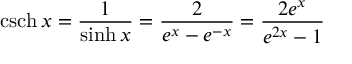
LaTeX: \operatorname { c s c h } x = { \frac { 1 } { \sinh x } } = { \frac { 2 } { e ^ { x } - e ^ { - x } } } = { \frac { 2 e ^ { x } } { e ^ { 2 x } - 1 } }